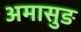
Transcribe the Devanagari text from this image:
अमासुङ